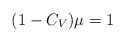
LaTeX: \begin{align*} (1-C_V)\mu=1 \end{align*}